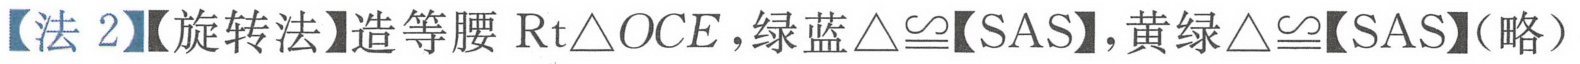
【法2】【旋转法】造等腰$\text{Rt}\triangle OCE$，绿蓝$\triangle\cong$【SAS】，黄绿$\triangle\cong$【SAS】（略）